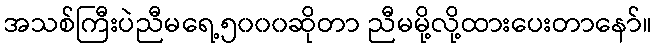
အသစ်ကြီးပဲညီမရေ့၅၀၀၀ဆိုတာ ညီမမို့လို့ထားပေးတာနော်။